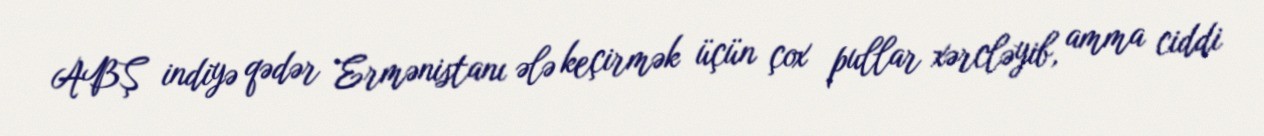
ABŞ indiyə qədər Ermənistanı ələ keçirmək üçün çox pullar xərcləyib, amma ciddi